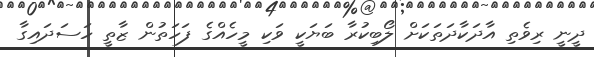
ދީނީ ރިވެތި އާދަކާދަތަކަށް ލޯބިކުރާ ބަޔަކީ ވަކި މީހެއްގެ ފަހަތުން ޒާތީ ހަސަދައިގާ